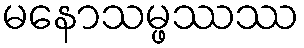
မနောသမ္ဖဿဿ